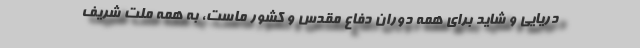
دریایی و شاید برای همه دوران دفاع مقدس و کشور ماست، به همه ملت شریف